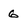
Character: 6